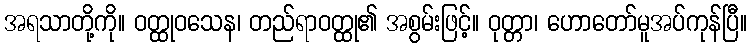
အရသာတို့ကို။ ဝတ္ထုဝသေန၊ တည်ရာဝတ္ထု၏ အစွမ်းဖြင့်။ ဝုတ္တာ၊ ဟောတော်မူအပ်ကုန်ပြီ။